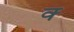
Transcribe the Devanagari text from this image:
क्‍